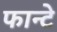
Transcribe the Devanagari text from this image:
फान्टे